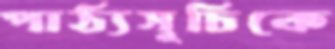
পাঠ্যসূচিকে